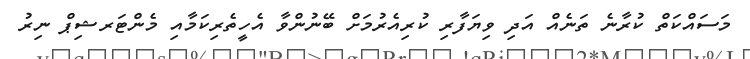
މަސައްކަތް ކުރާނެ ތަނެއް އަދި ވިޔަފާރި ކުރިއެރުމަށް ބޭނުންވާ އެހީތެރިކަމާއި މެންޓަރޝިޕް ނިރު